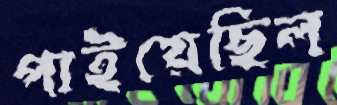
পাইয়েছিল